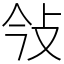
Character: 㪁